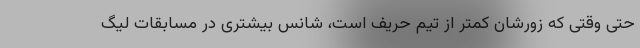
حتی وقتی که زورشان کمتر از تیم حریف است، شانس بیشتری در مسابقات لیگ